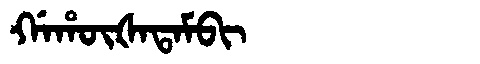
Manchu: ᡤᠠᡥᡡᡧᠠᡨᠠᠮᠪᡳ
Romanization: GAHŪŠATAMBI